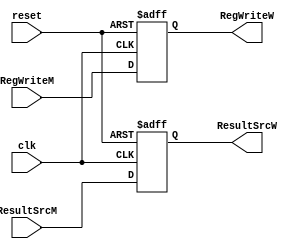
//Control Unit Pipeline Register for Memory Access - WriteBack Stage
	
module C_MEM_WB (input  clk, reset, 
                input RegWriteM, 
                input [1:0] ResultSrcM, 
                output reg RegWriteW, 
                output reg [1:0] ResultSrcW);
/* Compared to previous stage we are passing all signals except MemWrite
As we use the signal here itself to enable the data memory*/
    always @( posedge clk, posedge reset ) begin
        if (reset) begin
            RegWriteW <= 0;
            ResultSrcW <= 0;           
        end

        else begin
            RegWriteW <= RegWriteM;
            ResultSrcW <= ResultSrcM; 
        end

    end

endmodule